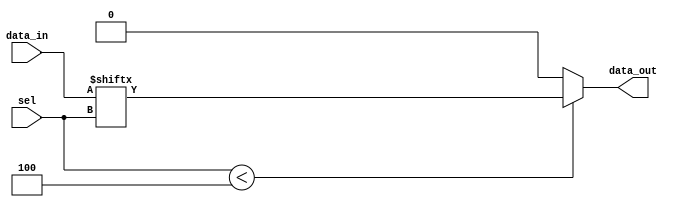
module parameterized_mux #(
    parameter N = 4 // Number of inputs, default is 4
) (
    input  wire [N-1:0] data_in,     // Data inputs
    input  wire [$clog2(N)-1:0] sel,  // Select lines
    output reg         data_out        // Output
);

    always @(*) begin
        // Default output (optional)
        data_out = 1'b0; // or any other default value

        // Check if the select signal is within the valid range
        if (sel < N) begin
            data_out = data_in[sel]; // Select the appropriate data input
        end
        // Else case can be handled here for out-of-range scenarios if needed
        // else begin
        //     // Handle out-of-range case (e.g., set to default or error)
        // end
    end

endmodule